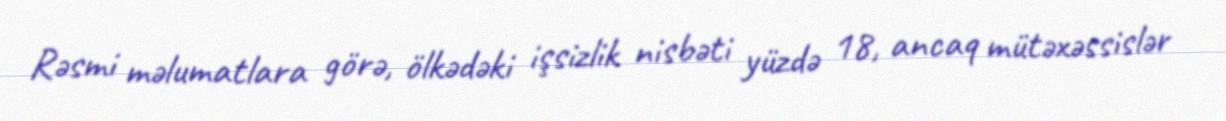
Rəsmi məlumatlara görə, ölkədəki işsizlik nisbəti yüzdə 18, ancaq mütəxəssislər